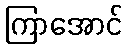
ကြာအောင်